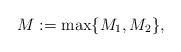
LaTeX: \begin{align*} M := \mathrm{max} \{M_1, M_2 \},\end{align*}